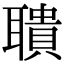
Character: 聵